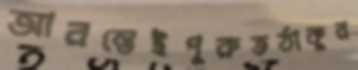
আরম্ভেইপুরুতঠাকুর